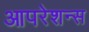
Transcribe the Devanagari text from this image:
आपरेशन्स